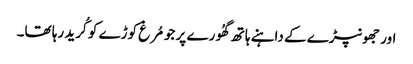
اور جھونپڑے کے داہنے ہاتھ گھُورے پر جو مُرغ کوڑے کو کُرید رہا تھا۔